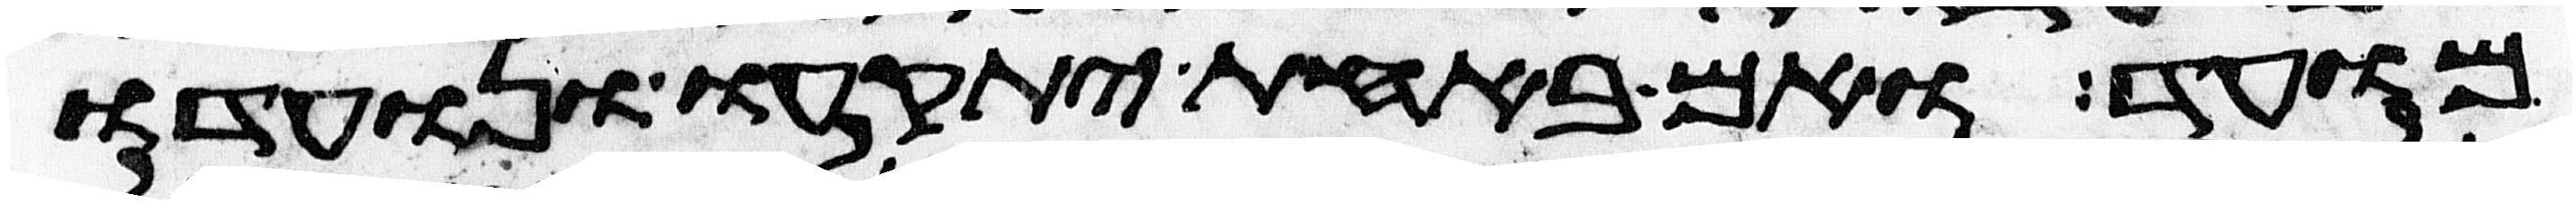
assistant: מועד ואם באחת יתקעו ונועדו